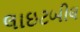
લાઇટબીલ